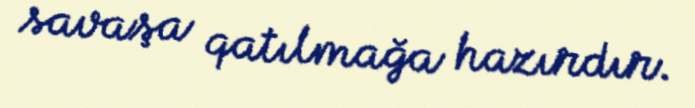
savaşa qatılmağa hazırdır.